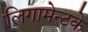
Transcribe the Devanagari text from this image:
लिगामेन्टके